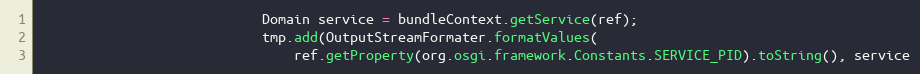
Language: Java
                            Domain service = bundleContext.getService(ref);
                            tmp.add(OutputStreamFormater.formatValues(
                                ref.getProperty(org.osgi.framework.Constants.SERVICE_PID).toString(), service